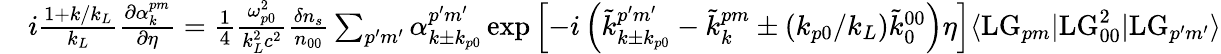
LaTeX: \begin{array}{rl}&{i\frac{1+k/k_{L}}{k_{L}}\frac{\partial\alpha_{k}^{pm}}{\partial\eta}=\frac{1}{4}\frac{\omega_{p0}^{2}}{k_{L}^{2}c^{2}}\frac{\delta n_{s}}{n_{00}}\sum_{p^{\prime}m^{\prime}}\alpha_{k\pm k_{p0}}^{p^{\prime}m^{\prime}}\exp\left[-i\left(\tilde{k}_{k\pm k_{p0}}^{p^{\prime}m^{\prime}}-\tilde{k}_{k}^{pm}\pm(k_{p0}/k_{L})\tilde{k}_{0}^{00}\right)\eta\right]\langle\mathrm{LG}_{pm}|\mathrm{LG}_{00}^{2}|\mathrm{LG}_{p^{\prime}m^{\prime}}\rangle}\end{array}